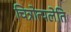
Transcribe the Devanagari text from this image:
चित्रोत्पलेति